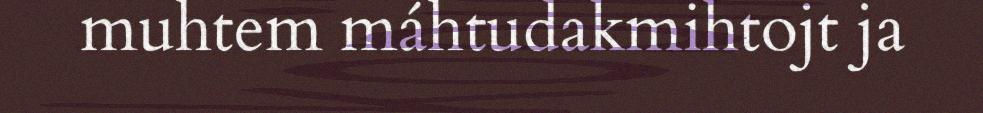
muhtem máhtudakmihtojt ja